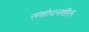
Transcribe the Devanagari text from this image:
संशोधनशील